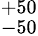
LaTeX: ^{+50}_{-50}